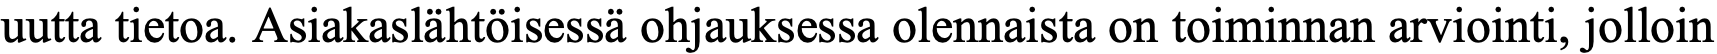
uutta tietoa. Asiakaslähtöisessä ohjauksessa olennaista on toiminnan arviointi, jolloin